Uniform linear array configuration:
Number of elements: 12
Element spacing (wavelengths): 0.5
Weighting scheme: kaiser
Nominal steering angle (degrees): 0
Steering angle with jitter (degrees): -1.527
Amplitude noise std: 0.05
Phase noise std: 0.05

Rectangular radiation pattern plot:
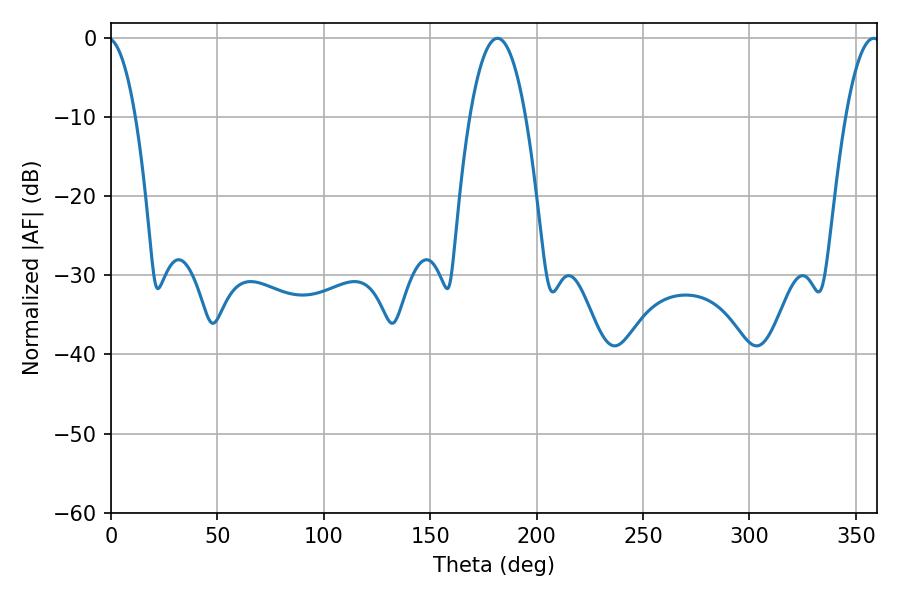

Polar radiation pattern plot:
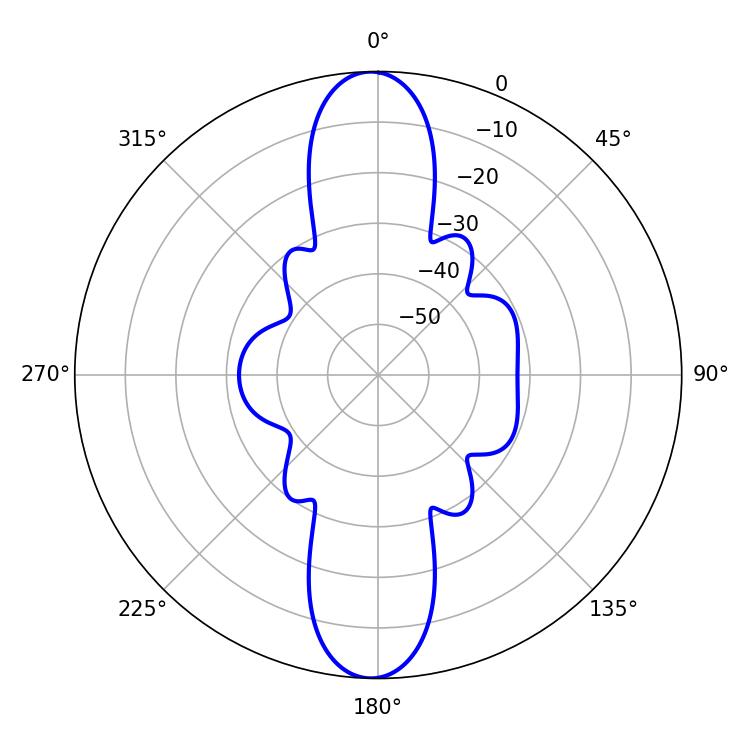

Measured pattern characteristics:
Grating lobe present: FALSE
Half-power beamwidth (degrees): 14.4
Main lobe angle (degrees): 181.62